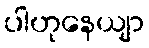
ပါဟုနေယျာ